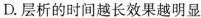
D. 层析的时间越长效果越明显